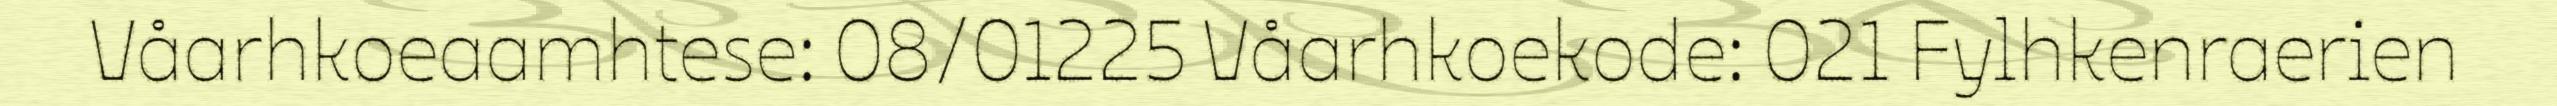
Våarhkoeaamhtese: 08/01225 Våarhkoekode: 021 Fylhkenraerien